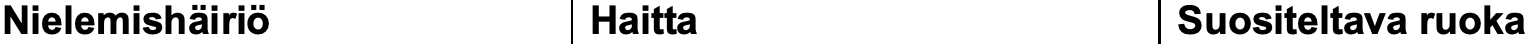
Nielemishäiriö     Haitta              Suositeltava ruoka